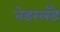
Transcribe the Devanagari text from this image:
नेडरलँड